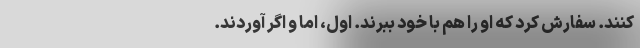
‌كنند. سفارش كرد كه او را هم با خود ببرند. اول، اما و اگر آوردند.